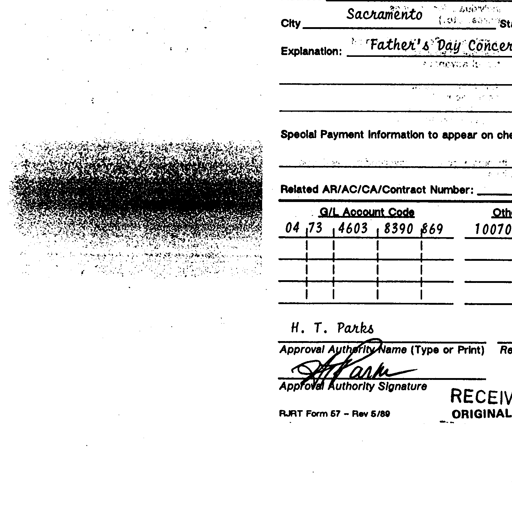
City Sacramento St
Explanation: "Father's Day Concer
Special Payment Information to appear on che
Related AR/AC/CA/Contract Number:
G/L Account Code Oth
04 , 73 , 4603 , 8390 $69 10070
H. T. Parks
Approval Authority Name (Type or Print) Re
H. T. Parks
Approval Authority Signature
RJRT Form 57 - Rev 5/89 RECEIV
ORIGINAL